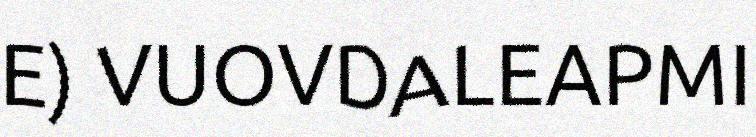
E) VUOVDALEAPMI